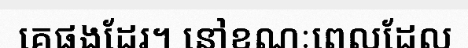
គេផងដែរ។ នៅខណៈពេលដែល